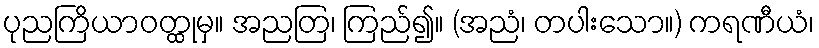
ပုညကြိယာဝတ္ထုမှ။ အညတြ၊ ကြည်၍။ (အညံ၊ တပါးသော။) ကရဏီယံ၊